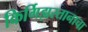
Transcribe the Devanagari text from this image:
किर्गिझस्तानाचा